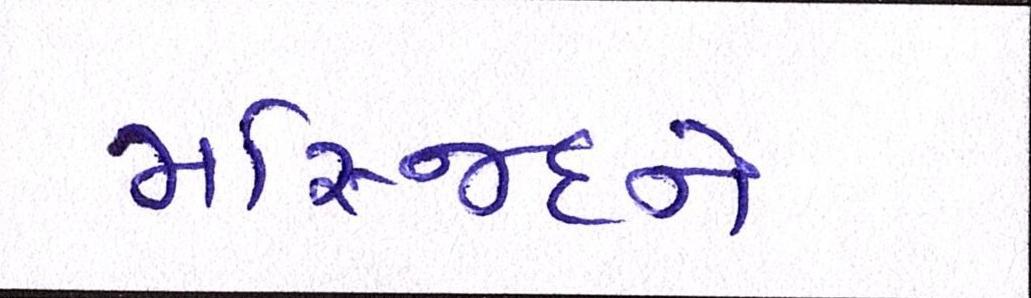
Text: મસ્જિદને